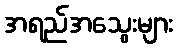
အရည်အသွေးများ